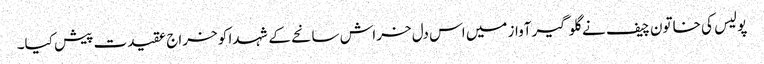
پولیس کی خاتون چیف نے گلوگیر آواز میں اس دل خراش سانحے کے شہدا کو خراج عقیدت پیش کیا۔